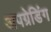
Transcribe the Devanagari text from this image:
अपग्रेडिंग